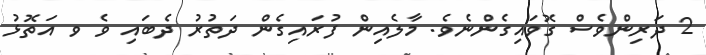
2 ދަރިންވެސް ގޮވައިގެންނެވެ. މާލެއިން ފުރައިގެން ދަތުރު ދެބައި ވެ ވ އަތޮޅު